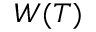
W ( T )